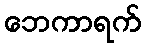
ဘေကာရက်